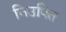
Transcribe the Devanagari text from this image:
निउक्ति